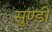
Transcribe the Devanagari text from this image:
सुण्डी